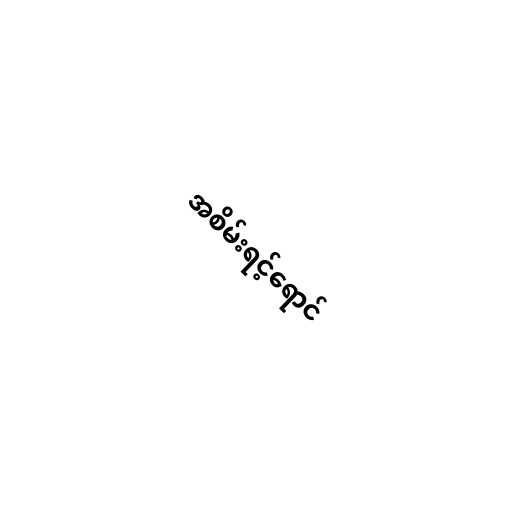
အစိမ်းရင့်ရောင်